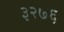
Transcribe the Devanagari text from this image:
३२७६